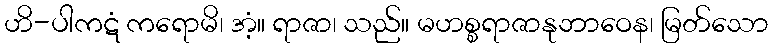
ဟိ-ပါကဋံ ကရောမိ၊ အံ့။ ရာဇာ၊ သည်။ မဟစ္စရာဇာနုဘာဝေန၊ မြတ်သော